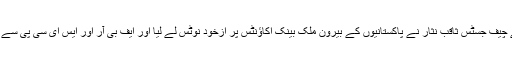
پاکستان میں سپریم کورٹ کے چیف جسٹس ثاقب نثار نے پاکستانیوں کے بیرون ملک بینک اکاؤنٹس پر ازخود نوٹس لے لیا اور ایف بی آر اور ایس ای سی پی سے تمام تفصیلات طلب کرلی ہیں۔